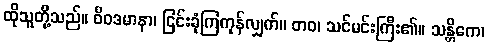
ထိုသူတို့သည်။ ဝိဝဒမာနာ၊ ငြင်းခုံကြကုန်လျှက်။ တဝ၊ သင်မင်းကြီး၏။ သန္တိကေ၊